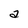
Character: a